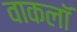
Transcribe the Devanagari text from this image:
वाकलॉ